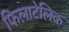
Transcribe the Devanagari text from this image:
फिलाटेलिक